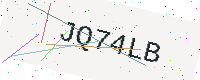
Text: JQ74LB